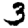
Digit: 3